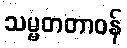
သမ္မတတာဝန်